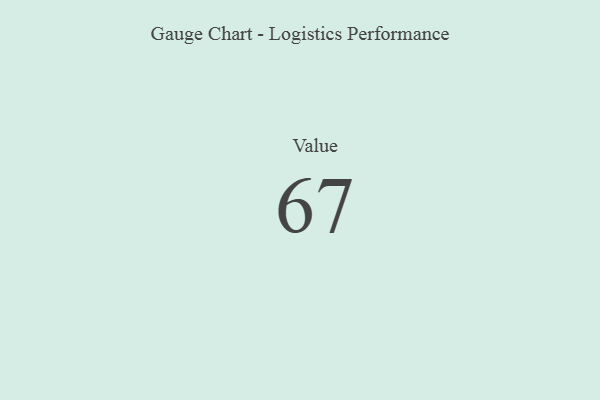
{"axis": {"x": "Metric", "y": "Value"}, "legend": [""], "data": [{"x": "Value", "y": 67, "type": ""}]}